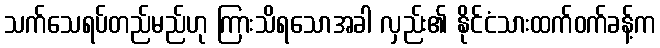
သက်သေရပ်တည်မည်ဟု ကြားသိရသောအခါ လှည်း၏ နိုင်ငံသားထက်ဝက်ခန့်က